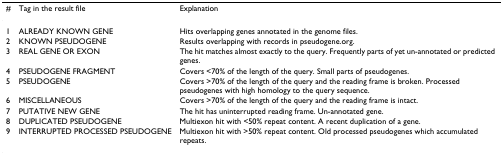
<table><thead><tr><td><b>#</b></td><td><b>Tag in the result file</b></td><td><b>Explanation</b></td></tr></thead><tbody><tr><td>1</td><td>ALREADY KNOWN GENE</td><td>Hits overlapping genes annotated in the genome files.</td></tr><tr><td>2</td><td>KNOWN PSEUDOGENE</td><td>Results overlapping with records in pseudogene.org.</td></tr><tr><td>3</td><td>REAL GENE OR EXON</td><td>The hit matches almost exactly to the query. Frequently parts of yet un-annotated or predicted genes.</td></tr><tr><td>4</td><td>PSEUDOGENE FRAGMENT</td><td>Covers &lt;70% of the length of the query. Small parts of pseudogenes.</td></tr><tr><td>5</td><td>PSEUDOGENE</td><td>Covers &gt;70% of the length of the query and the reading frame is broken. Processed pseudogenes with high homology to the query sequence.</td></tr><tr><td>6</td><td>MISCELLANEOUS</td><td>Covers &gt;70% of the length of the query and the reading frame is intact.</td></tr><tr><td>7</td><td>PUTATIVE NEW GENE</td><td>The hit has uninterrupted reading frame. Un-annotated gene.</td></tr><tr><td>8</td><td>DUPLICATED PSEUDOGENE</td><td>Multiexon hit with &lt;50% repeat content. A recent duplication of a gene.</td></tr><tr><td>9</td><td>INTERRUPTED PROCESSED PSEUDOGENE</td><td>Multiexon hit with &gt;50% repeat content. Old processed pseudogenes which accumulated repeats.</td></tr></tbody></table>